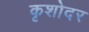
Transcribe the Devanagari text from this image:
कृशोदर